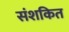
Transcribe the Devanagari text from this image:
संशकित